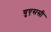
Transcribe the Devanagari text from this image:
युएससी